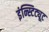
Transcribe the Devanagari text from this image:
इंन्स्टिट्यूट